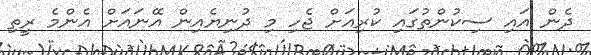
ދެން އައި ސިކުންތުގައި ކުރިއަށް ޖެހި މި ދުނިޔެއިން އޭނައަށް އެންމެ ރީތި